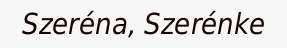
Szeréna, Szerénke